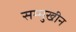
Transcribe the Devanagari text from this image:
सम्मुखीन